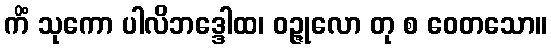
ကိံ သုကော ပါလိဘဒ္ဒေါထ၊ ဝဉ္ဇုလော တု စ ဝေတသော။